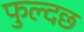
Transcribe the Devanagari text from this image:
फुल्दछ